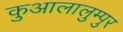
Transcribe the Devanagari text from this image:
कुआलालुम्पुर